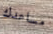
مساعدك